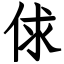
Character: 俅